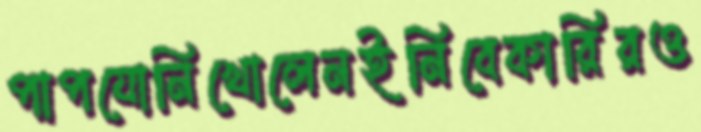
পাপযোনিখোলেনইনিবেকারিরও